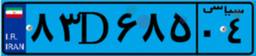
۶۴D۲۶۵۱۰